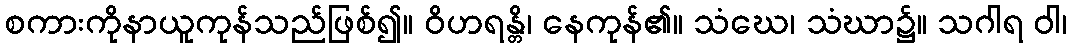
စကားကိုနာယူကုန်သည်ဖြစ်၍။ ဝိဟရန္တိ၊ နေကုန်၏။ သံဃေ၊ သံဃာ၌။ သဂါရ ဝါ၊